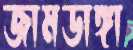
জামডাঙ্গা